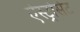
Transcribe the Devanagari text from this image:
ऐस्ट्रोसेट